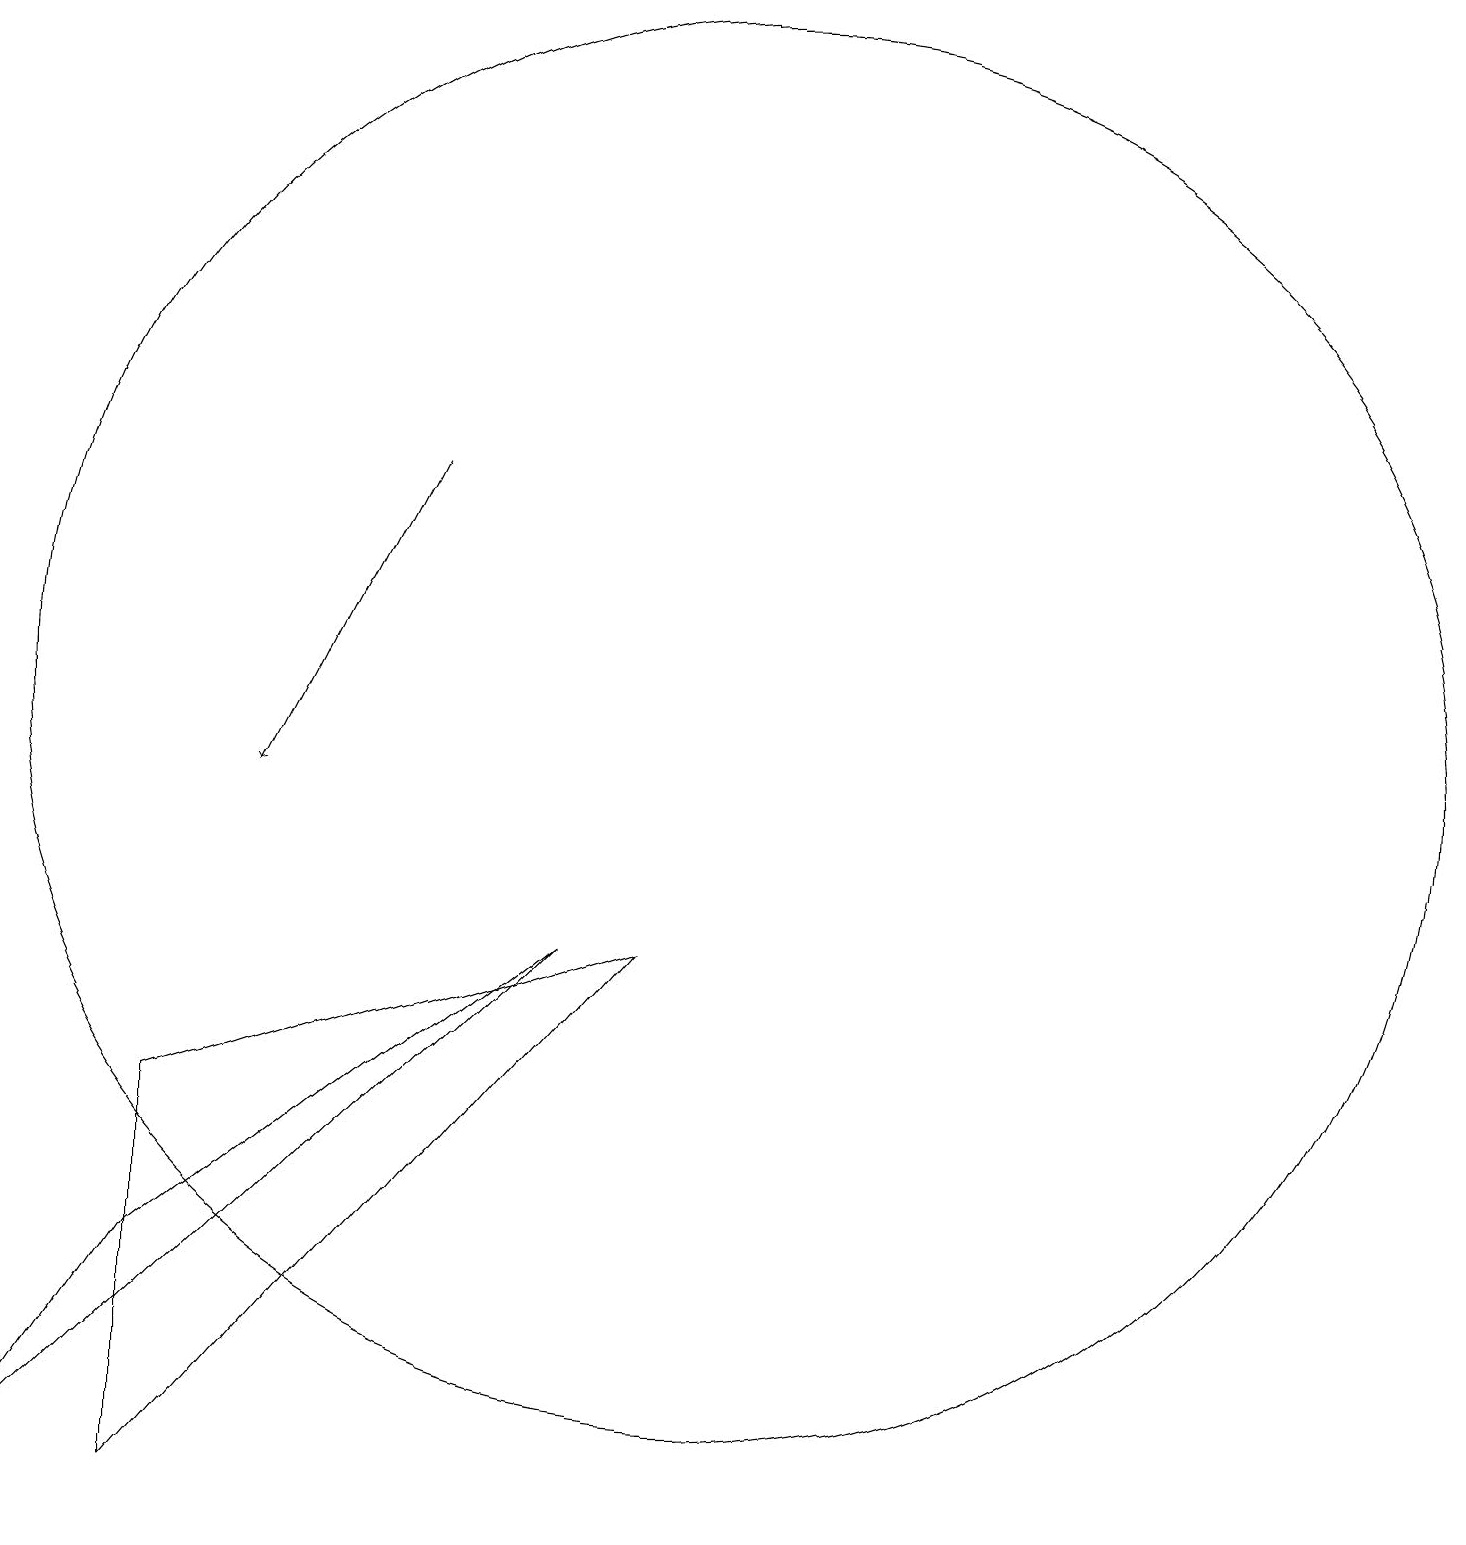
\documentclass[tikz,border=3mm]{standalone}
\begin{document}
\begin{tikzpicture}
\draw (9,9) -- (3,7) -- (3,2) -- cycle;
\draw[->] (6,15) -- (4,11);
\draw (1,2) -- (3,5) -- (8,9) -- cycle;
\draw (10,12) circle (9);
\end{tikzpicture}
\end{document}